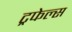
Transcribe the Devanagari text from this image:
ट्रफेल्स